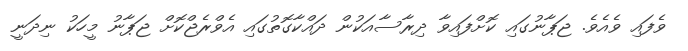
ވެފައި ވެއެވެ. ޖަޕާނުގައި ކޮށްފައިވާ ދިރާސާއަކުން ދައްކާގޮތުގައި އެވްރެޖްކޮށް ޖަޕާނު މީހަކު ނިދަނީ